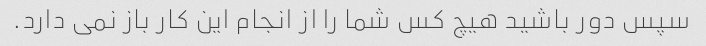
سپس دور باشید هیچ کس شما را از انجام این کار باز نمی دارد.